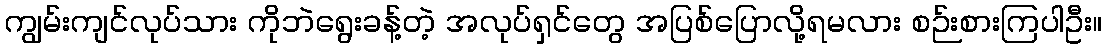
ကျွမ်းကျင်လုပ်သား ကိုဘဲရွေးခန့်တဲ့ အလုပ်ရှင်တွေ အပြစ်ပြောလို့ရမလား စဉ်းစားကြပါဦး။